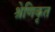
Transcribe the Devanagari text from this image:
श्रेणिकृत